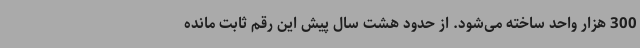
300 هزار واحد ساخته می‌شود. از حدود هشت سال پیش این رقم ثابت مانده